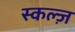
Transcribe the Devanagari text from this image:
स्कल्ज़